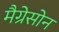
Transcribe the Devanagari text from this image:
मैग्रेसोन